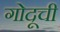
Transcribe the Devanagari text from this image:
गोदूची